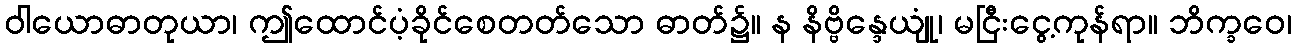
ဝါယောဓာတုယာ၊ ဤထောင်ပံ့ခိုင်စေတတ်သော ဓာတ်၌။ န နိဗ္ဗိန္ဒေယျုံ၊ မငြီးငွေ့ကုန်ရာ။ ဘိက္ခဝေ၊